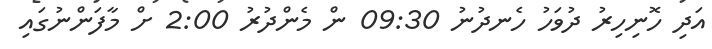
އަދި ހޮނިހިރު ދުވަހު ހެނދުނު 09:30 ން މެންދުރު 2:00 ށް މާފަންނުގައި